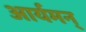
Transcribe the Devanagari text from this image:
आर्यमन्